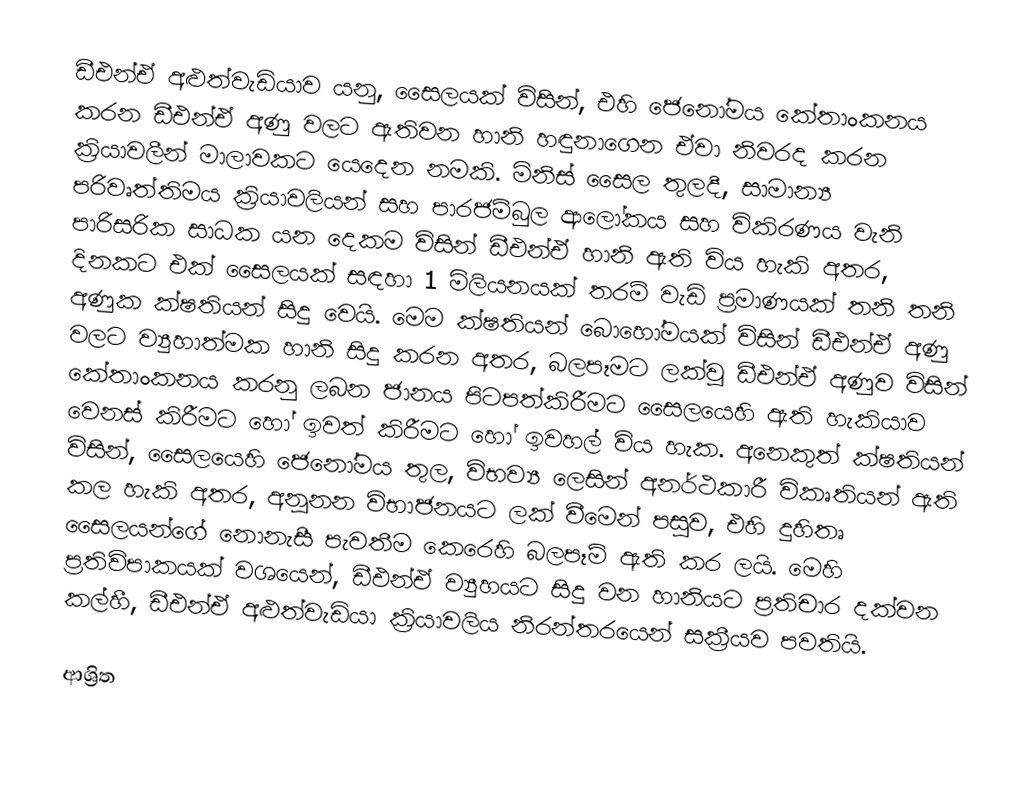
ඩීඑන්ඒ අළුත්වැඩියාව යනු,  සෛලයක් විසින්, එහි ජෙනෝමය කේතාංකනය කරන ඩීඑන්ඒ අණු වලට ඇතිවන හානි හඳුනාගෙන ඒවා නිවරද කරන ක්‍රියාවලීන් මාලාවකට යෙදෙන නමකි. මිනිස් සෛල තුලදී, සාමාන්‍ය  පරිවෘත්තිමය ක්‍රියාවලියන් සහ  පාරජම්බුල ආලෝකය සහ  විකිරණය වැනි  පාරිසරික  සාධක යන දෙකම  විසින් ඩීඑන්ඒ හානි ඇති විය හැකි අතර, දිනකට එක් සෛලයක් සඳහා 1  මිලියනයක් තරම් වැඩි ප්‍රමාණයක් තනි තනි  අණුක ක්ෂතියන් සිදු වෙයි.  මෙම ක්ෂතියන් බොහෝමයක් විසින් ඩීඑන්ඒ අණු වලට ව්‍යුහාත්මක හානි සිදු කරන අතර, බලපෑමට ලක්වූ ඩීඑන්ඒ අණුව විසින් කේතාංකනය කරනු ලබන  ජානය පිටපත්කිරීමට සෛලයෙහි ඇති හැකියාව වෙනස් කිරීමට හෝ ඉවත් කිරීමට හෝ ඉවහල් විය හැක. අනෙකුත් ක්ෂතියන් විසින්, සෛලයෙහි ජෙනෝමය තුල, විභව්‍ය ලෙසින් අනර්ථකාරී  විකෘතියන් ඇති කල හැකි අතර,  අනූනන විභාජනයට ලක් වීමෙන් පසුව, එහි දුහිතෘ සෛලයන්ගේ නොනැසී පැවතීම කෙරෙහි බලපෑම් ඇති කර ලයි. මෙහි ප්‍රතිවිපාකයක් වශයෙන්, ඩීඑන්ඒ ව්‍යුහයට සිදු වන හානියට ප්‍රතිචාර දක්වන කල්හී, ඩීඑන්ඒ අළුත්වැඩියා ක්‍රියාවලිය නිරන්තරයෙන් සක්‍රීයව පවතියි.

ආශ්‍රිත